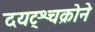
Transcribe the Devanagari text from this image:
दयट्श्चक्रोने